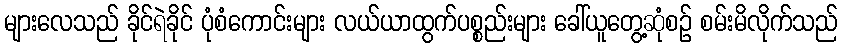
များလေသည် ခိုင်ရဲခိုင် ပုံစံကောင်းများ လယ်ယာထွက်ပစ္စည်းများ ခေါ်ယူတွေ့ဆုံစဉ် စမ်းမိလိုက်သည်